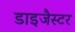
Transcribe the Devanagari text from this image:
डाइजैस्टर